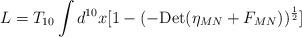
LaTeX: \begin{align*}L=T_{10}\int d^{10} x [1- (-{\rm Det}(\eta_{MN}+F_{MN} ))^{{1\over 2}}] \end{align*}